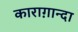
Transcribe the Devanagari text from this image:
काराग़ान्दा